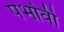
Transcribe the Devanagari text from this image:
पर्भावी